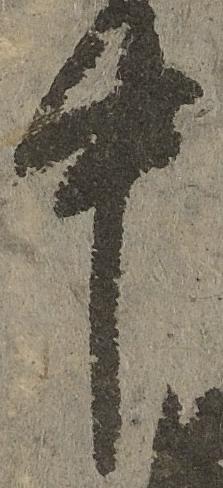
中